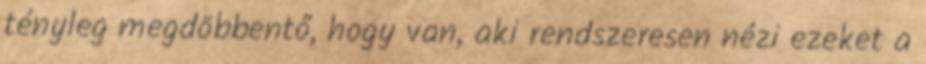
tényleg megdöbbentő, hogy van, aki rendszeresen nézi ezeket a